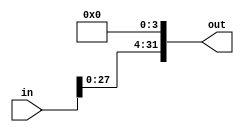
module sll4(out, in);
    input[31:0] in;
    output[31:0] out;

    assign out[3:0]=0;
    assign out[31:4]=in[27:0];

endmodule